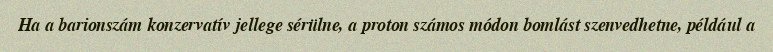
Ha a barionszám konzervatív jellege sérülne, a proton számos módon bomlást szenvedhetne, például a